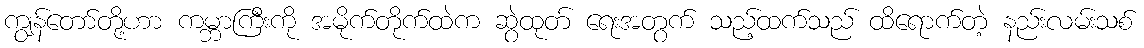
ကျွန်တော်တို့ဟာ ကမ္ဘာကြီးကို အမိုက်တိုက်ထဲက ဆွဲထုတ် ရေးအတွက် သည့်ထက်သည် ထိရောက်တဲ့ နည်းလမ်းသစ်